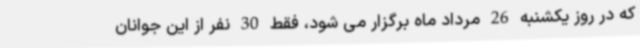
که در روز یکشنبه 26 مرداد ماه برگزار می شود، فقط 30 نفر از این جوانان